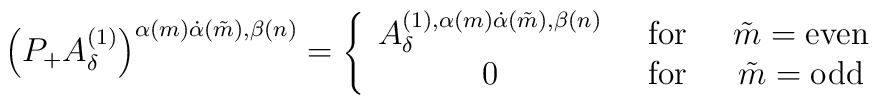
\left(P_+A_\delta^{(1)}\right)^{\alpha(m)\dot\alpha(\tilde m),\beta(n)}=\left\{\begin{array}{ccc}A_\delta^{(1),\alpha(m)\dot\alpha(\tilde m),\beta(n)}\;\;&\mbox{for}&\;\;\tilde m=\mbox{even}\\0\;\;&\mbox{for}&\;\;\tilde m=\mbox{odd}\end{array}\right.